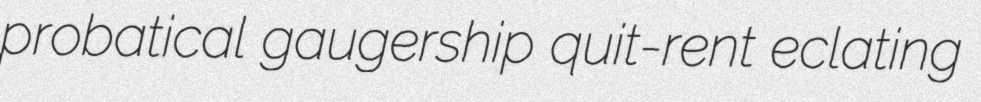
probatical gaugership quit-rent eclating